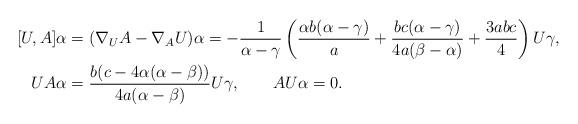
LaTeX: \begin{align*} [U,A]\alpha&=(\nabla_U A-\nabla_A U)\alpha=-\frac{1}{\alpha-\gamma}\left(\frac{\alpha b (\alpha -\gamma )}{a}+\frac{b c (\alpha -\gamma )}{4 a (\beta -\alpha )}+\frac{3 a b c}{4}\right)U\gamma,\\ UA\alpha&=\frac{b(c-4\alpha(\alpha-\beta))}{4a(\alpha-\beta)}U\gamma, \qquad AU\alpha=0. \end{align*}